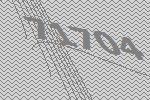
71704